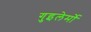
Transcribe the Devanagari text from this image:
गुइलेर्मो